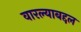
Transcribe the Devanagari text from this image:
वारल्याबद्दल